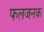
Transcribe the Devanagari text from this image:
फलजनक